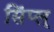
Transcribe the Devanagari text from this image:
सिंप्ल्